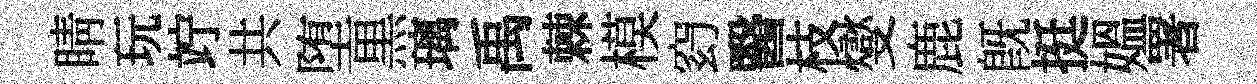
睛玩竚共堕黒璃禹棘模𥥆醫枝燮鹿旣挺媪署